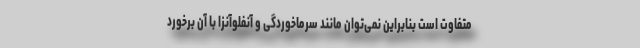
متفاوت است بنابراین نمی‌توان مانند سرماخوردگی و آنفلوآنزا با آن برخورد